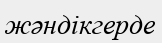
жәндікгерде